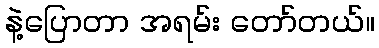
နဲ့ပြောတာ အရမ်း တော်တယ်။